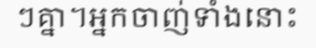
ៗគ្នា។អ្នកចាញ់ទាំងនោះ